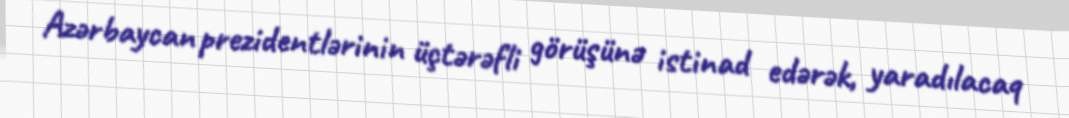
Azərbaycan prezidentlərinin üçtərəfli görüşünə istinad edərək, yaradılacaq